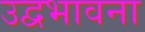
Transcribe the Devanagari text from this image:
उद्वभावना